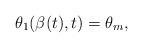
LaTeX: \begin{align*} \theta_1(\beta(t),t)=\theta_m,\end{align*}